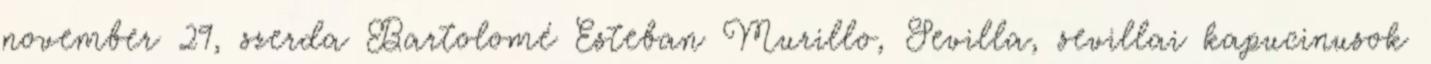
november 29, szerda Bartolomé Esteban Murillo, Sevilla, sevillai kapucinusok